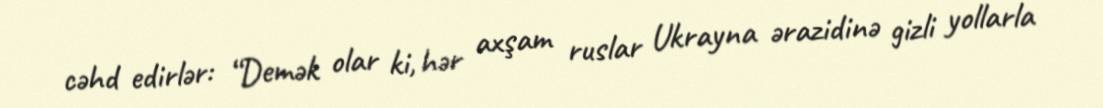
cəhd edirlər: “Demək olar ki, hər axşam ruslar Ukrayna ərazidinə gizli yollarla